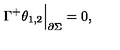
\Gamma ^ { + } \theta _ { 1 , 2 } \Big | _ { \partial \Sigma } = 0 ,